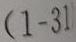
$(1 - 31$